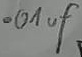
Text: .01uF